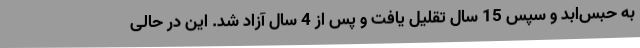
به حبس‌ابد و سپس 15 سال تقلیل یافت و پس از 4 سال آزاد شد. این در حالی